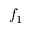
f _ { 1 }